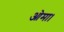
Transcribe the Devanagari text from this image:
ओमा।